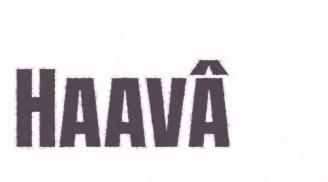
Haavâ